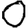
Digit: 0